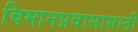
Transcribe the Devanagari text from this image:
विमानप्रवासासाठी